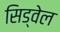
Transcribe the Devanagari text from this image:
सिड्वेल